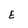
Character: E